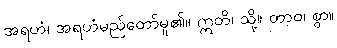
အရဟံ၊ အရဟံမည်တော်မူ၏။ ဣတိ၊ သို့။ တာဝ၊ စွာ။